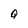
Character: Q